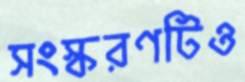
সংস্করণটিও